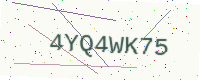
Text: 4YQ4WK75